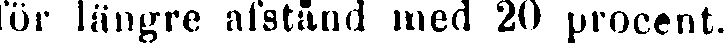
för längre afstånd med 20 procent.